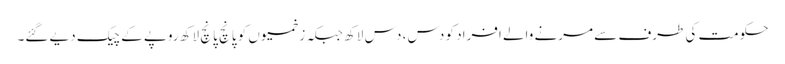
حکومت کی طرف سے مرنے والے افراد کو دس، دس لاکھ جبکہ زخمیوں کو پانچ پانچ لاکھ روپے کے چیک دیے گئے۔